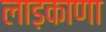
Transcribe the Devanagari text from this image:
लाड़काणा